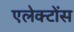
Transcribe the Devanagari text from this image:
एलेक्टोंस